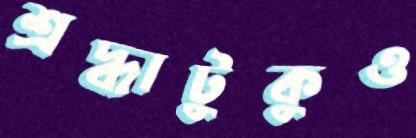
শ্রদ্ধাটুকুও